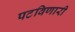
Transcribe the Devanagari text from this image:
पटविणारी